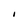
Character: I